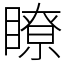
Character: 瞭